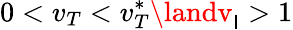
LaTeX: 0<v_{T}<v_{T}^{*}\landv_{\mathsf{I}}>1